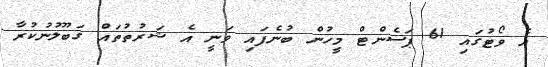
އެ ވޯޓުގައި 61 ޕަސެންޓް މީހުން ބުނެފައި ވަނީ އެ ޝަރުތުތައް ގަބޫލުނުކުރާ